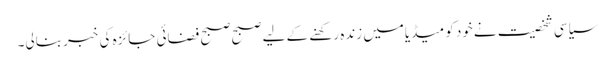
سیاسی شخصیت نےخود کو میڈیامیں زنده رکھنے کے لیے صبح صبح فضائی جائزه کی خبر بنالی۔